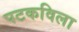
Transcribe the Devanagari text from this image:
पटकविला